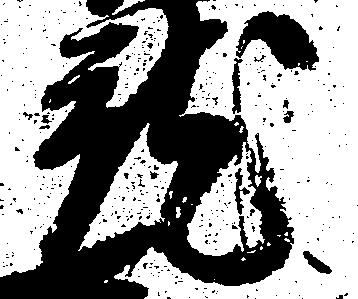
就